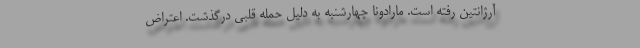
آرژانتین رفته است. مارادونا چهارشنبه به دلیل حمله قلبی درگذشت. اعتراض